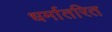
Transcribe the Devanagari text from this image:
धर्मातरित